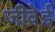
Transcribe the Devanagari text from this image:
जीवेई